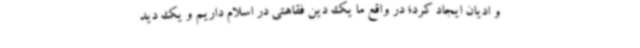
و ادیان ایجاد کرد؛ در واقع ما یک دین فقاهتی در اسلام داریم و یک دید